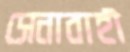
সেনাবাহী